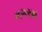
નગરમ